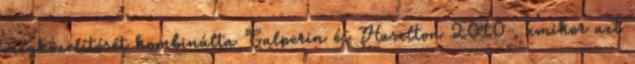
megközelítését kombinálta Galperin és Haselton 2010 , amikor azt